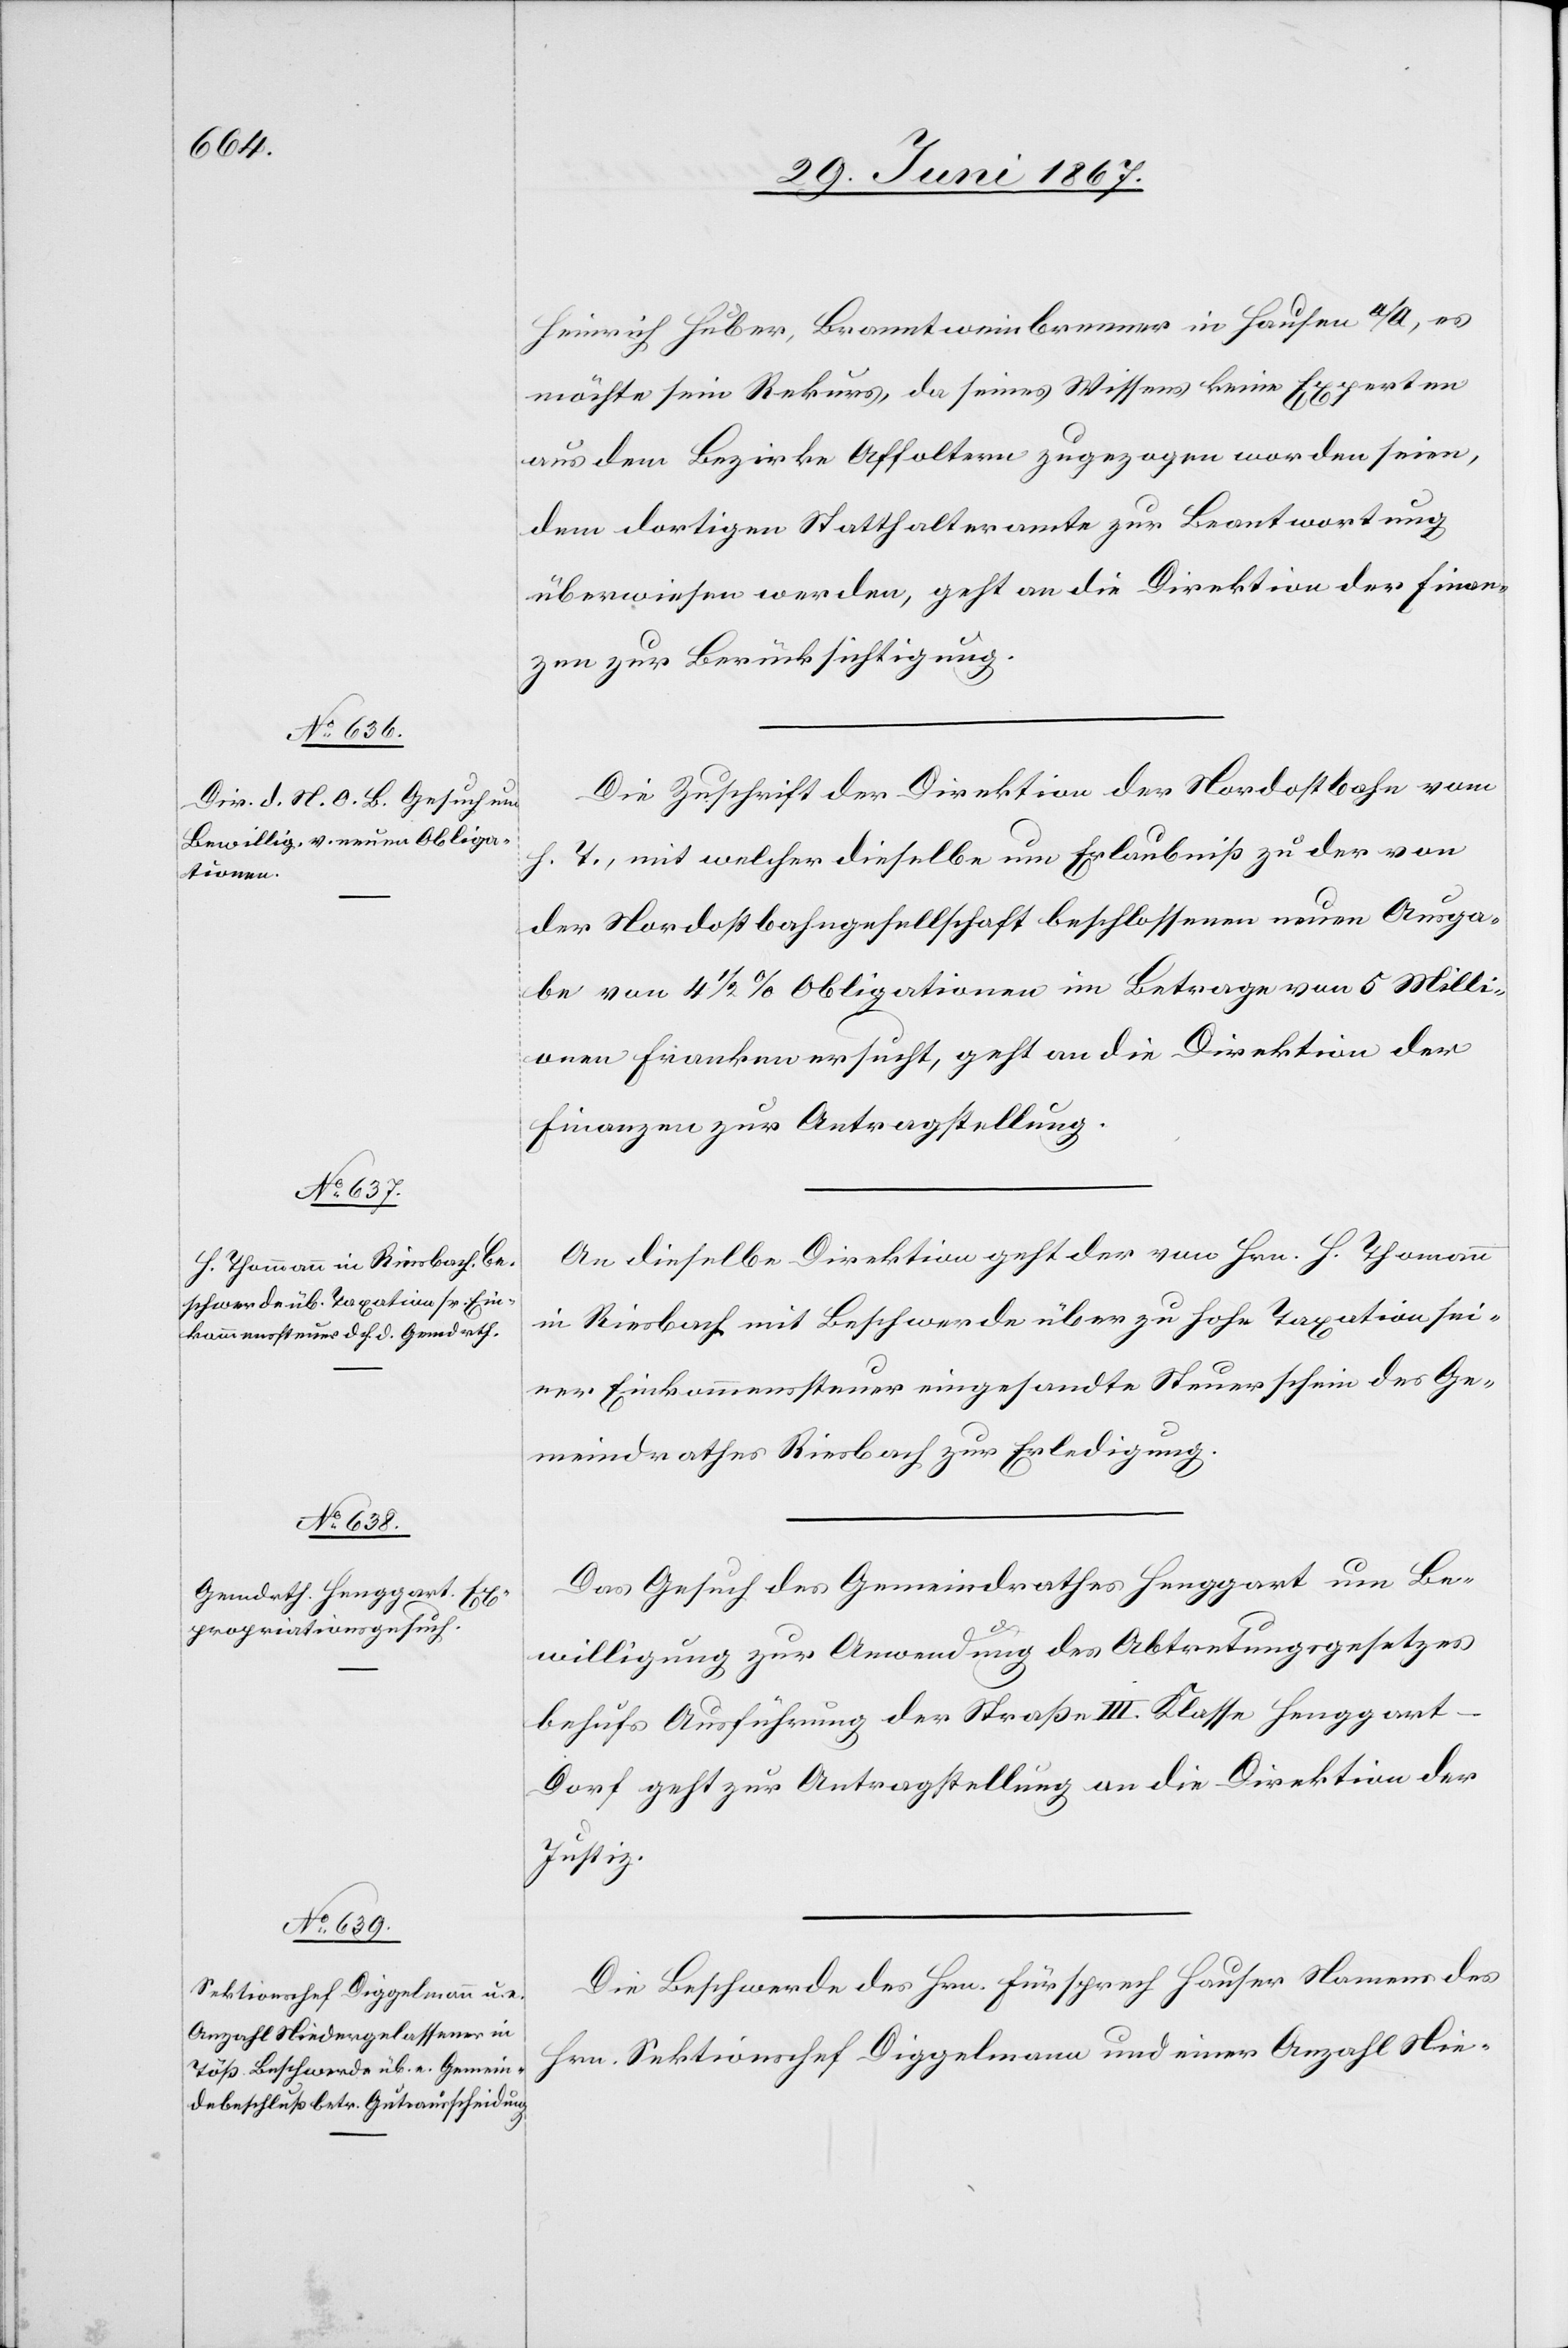
Heinrich Huber, Branntweinbrenner in Hausen a/A, es
möchte sein Rekurs, da seines Wissens keine Experten
aus dem Bezirke Affoltern zugezogen worden seien,
dem dortigen Statthalteramte zur Beantwortung
überwiesen werden, geht an die Direktion der Finan¬
zen zur Berücksichtigung.
Die Zuschrift der Direktion der Nordostbahn vom
h. T., mit welcher dieselbe um Erlaubniß zu der von
der Nordostbahngesellschaft beschlossenen neuen Ausga¬
be von 4 1/2 % Obligationen im Betrage von 5 Milli¬
onen Franken ersucht, geht an die Direktion der
Finanzen zur Antragstellung.
An dieselbe Direktion geht der von Hrn. H. Thomann
in Riesbach mit Beschwerde über zu hohe Taxation sei¬
ner Einkommenssteuer eingesandte Steuerschein des Ge¬
meindrathes Riesbach zur Erledigung.
Das Gesuch des Gemeindrathes Henggart um Be¬
willigung zur Anwendung des Abtretungsgesetzes
behufs Ausführung der Straße III. Klasse Henggart–D¬
orf geht zur Antragstellung an die Direktion der
Justiz.
Die Beschwerde des Hrn. Fürsprech Hauser Namens des
Hrn. Sektionschef Dippelmann und einer Anzahl Nie-